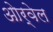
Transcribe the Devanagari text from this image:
ओर्वेल